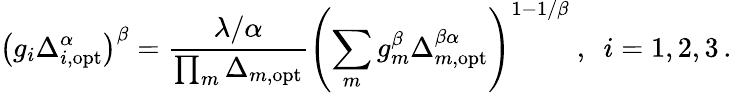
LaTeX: \left(g_{i}\Delta_{i,\mathrm{opt}}^{\alpha}\right)^{\beta}=\frac{\lambda/\alpha}{\prod_{m}\Delta_{m,\mathrm{opt}}}\left(\sum_{m}g_{m}^{\beta}\Delta_{m,\mathrm{opt}}^{\beta\alpha}\right)^{1-1/\beta}\ ,\ \ i=1,2,3\, .